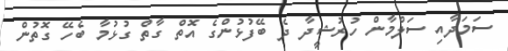
ސަމަދާއި ސަލްމާން ހުރުޝީދާ ދެ ބޭފުޅުންގެ އޮތް ގާތް ގުޅުމާ ބެހޭ ގޮތުން